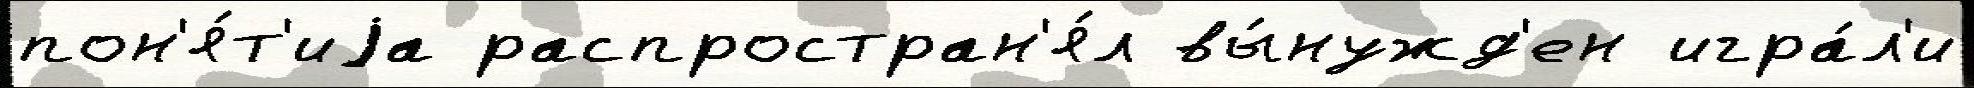
пон'я́т'иjа распростран'я́л вы́нужд'ен игра́л'и